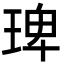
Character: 琕